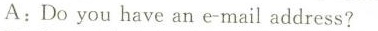
A:Do you have an e-mail address?